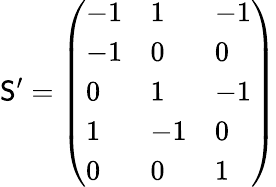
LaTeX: \mathsf{S}^{\prime}=\left(\begin{array}{lll}{-1}&{1}&{-1}\\ {-1}&{0}&{0}\\ {0}&{1}&{-1}\\ {1}&{-1}&{0}\\ {0}&{0}&{1}\end{array}\right)